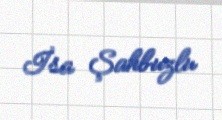
İsa Şahbuzlu